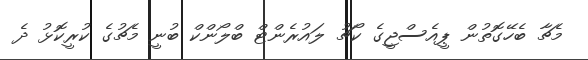
މެޗާ ބެހޭގޮތުން ޕީއެސްޖީގެ ކޯޗު ލައުރެންޓް ބްލޯންކް ބުނީ މެޗުގެ ކުރީކޮޅު ދެ